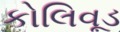
કોલિવૂડ